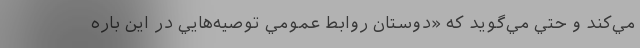
مي‌كند و حتي مي‌گويد كه «دوستان روابط عمومي توصيه‌هايي در اين باره